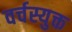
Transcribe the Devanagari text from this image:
वर्चस्युक्त